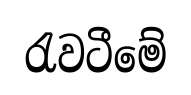
රැවටීමේ